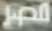
مصر